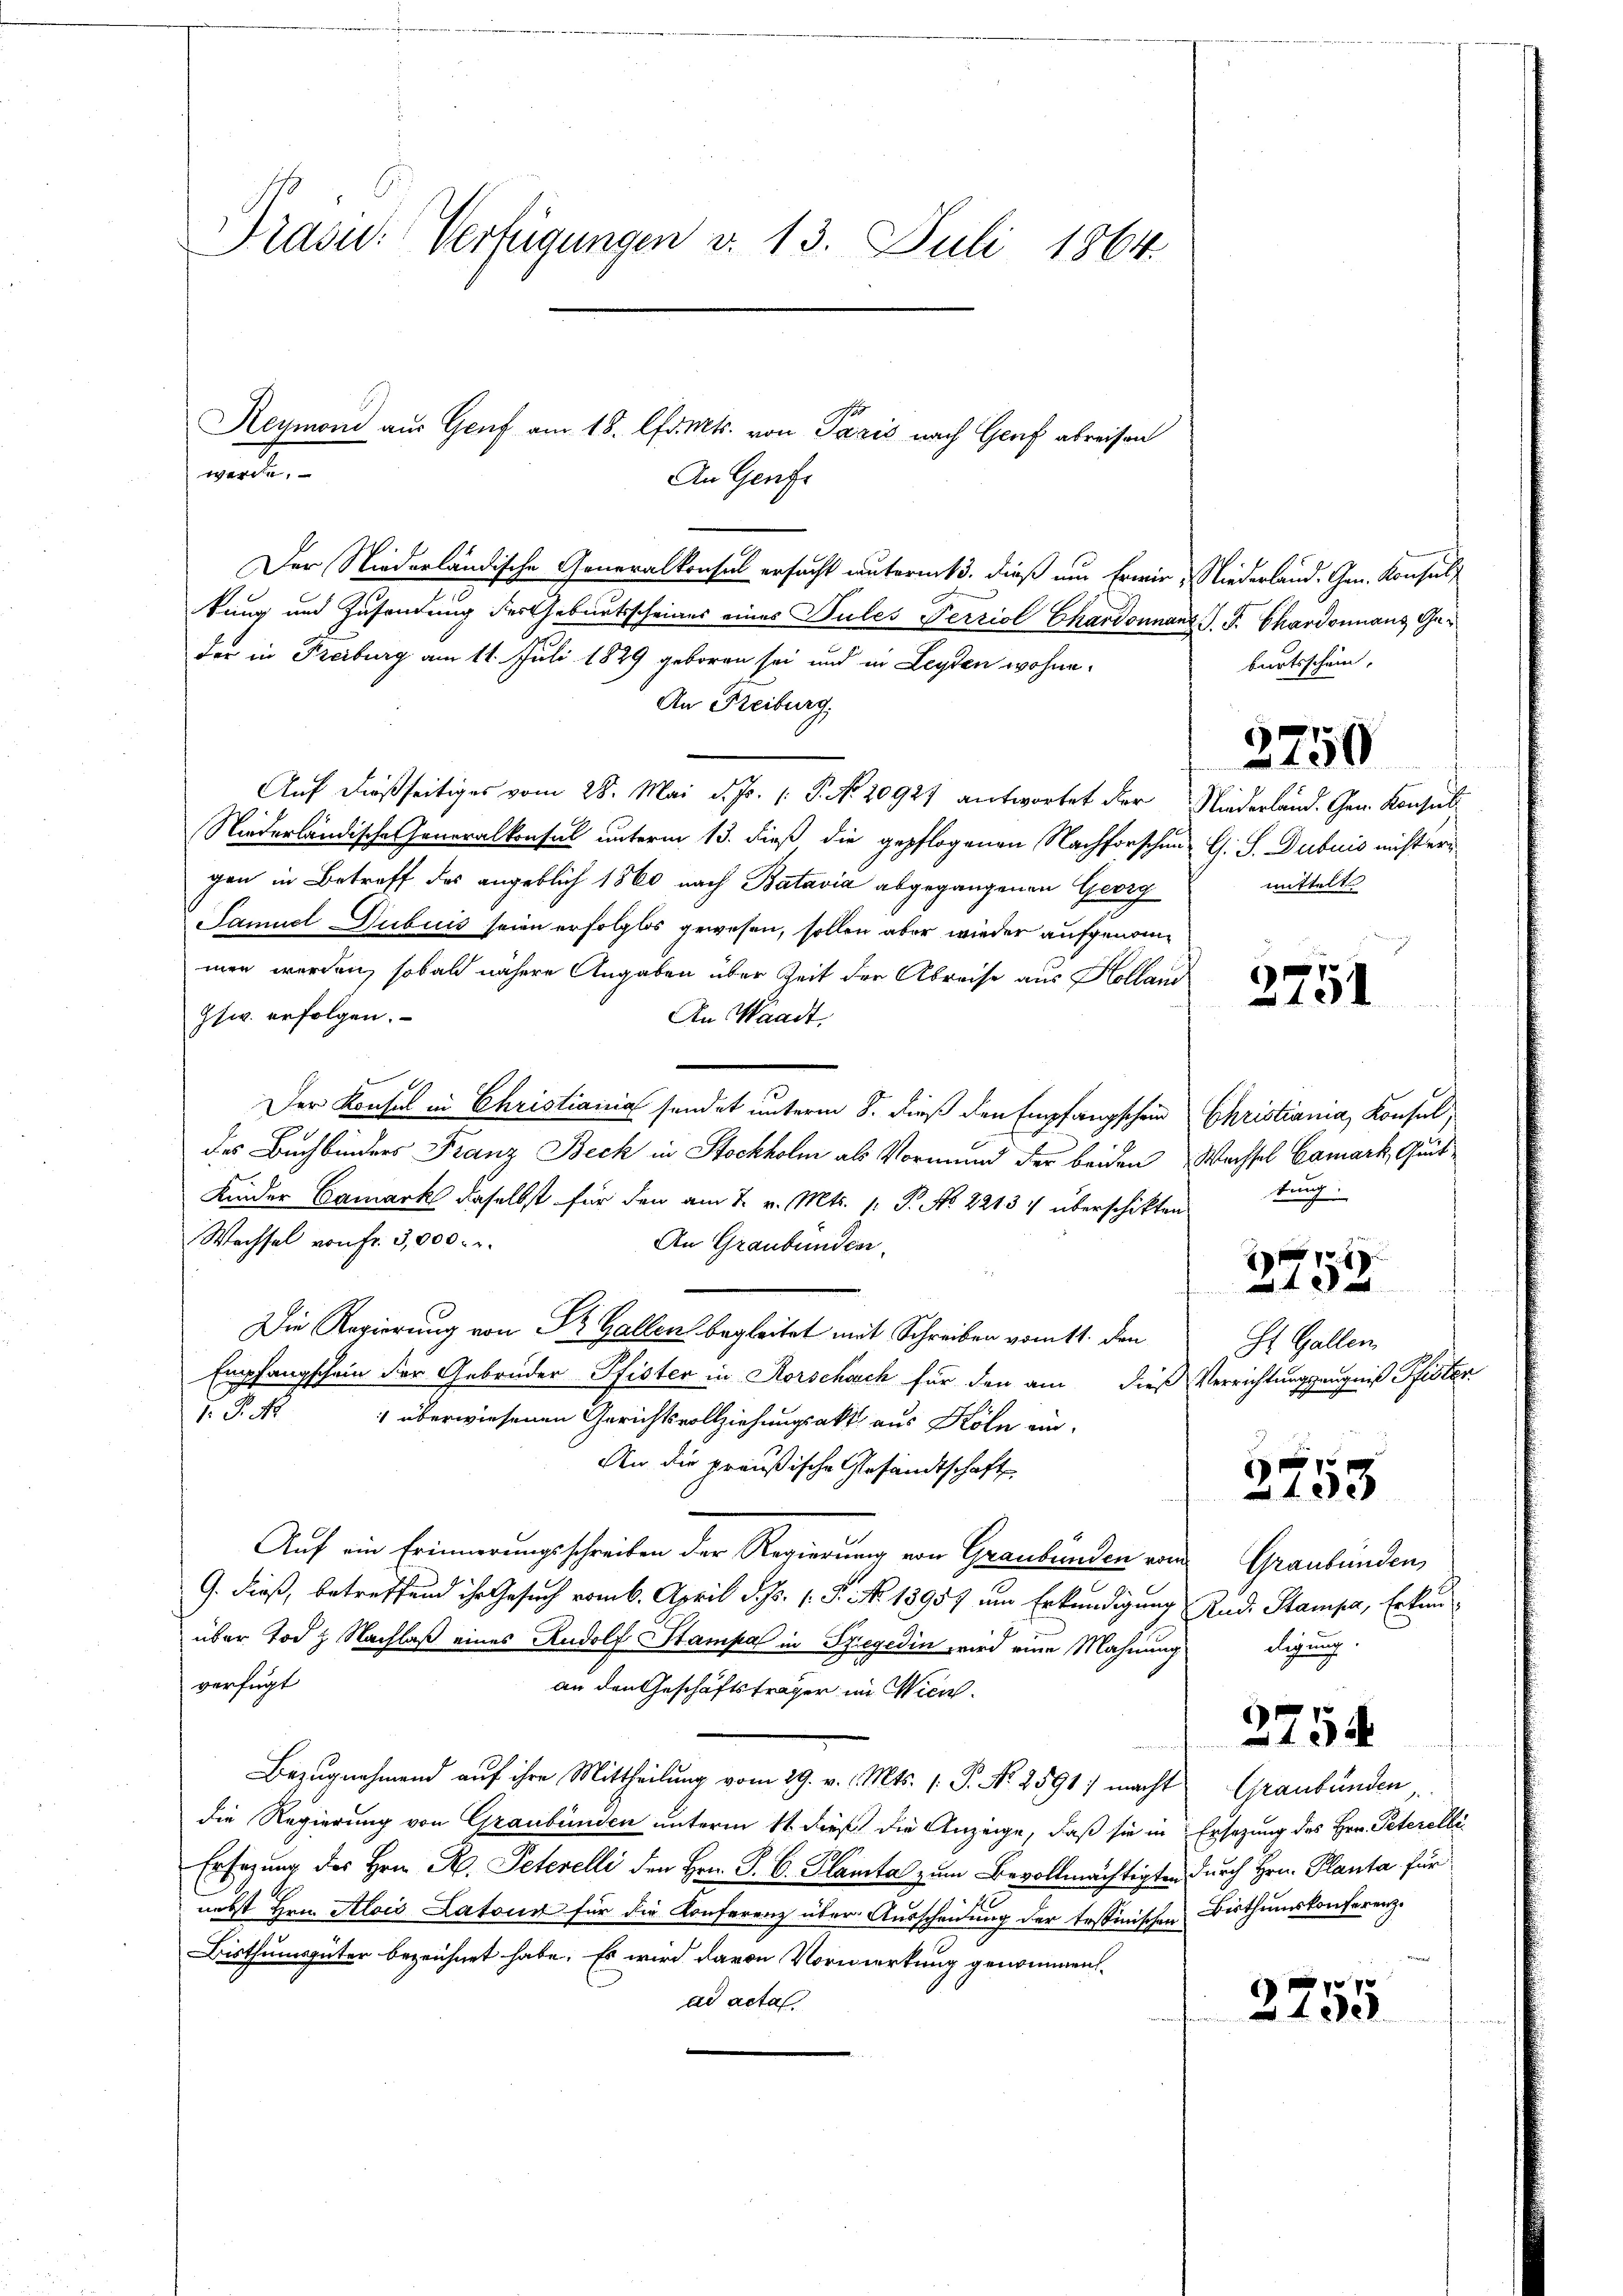
Pras: Verfügungen d. 13. Juli 1864.
Reymond aus Genf am 18. lfd. Mts. von Paris nach Genf abreisen
wenden
An Gener

Der Niederländische Generalkonsul ersucht unterm 3. dieß um Erwir; Niederland. Gen. Konsul
e
tung und Zusendung des Geburtsscheines eines Pules Terriol Chardonnant J. J. Chardonnans Geder in Freiburg am 11. Juli 1829 geboren sei und in Leyden wohne
An Freiburg.
Auf dießseitiges vom 28. Mai d. Js. (: P. Nr. 20927 antwortet der Niederland. Gen. Konsul
Niederländische Generalkonsul unterm 13. dieß die gepflogenen Nachforschen G. S. Dubuis nicht eri
gen in Betreff des angeblich 1860 nach Batavia abgegangenen Georg
Samuel Jubuis seien erfolglos gewesen, sollen aber wieder aufgenommen werden, sobald nähere Angaben über Zeit der Abreise aus Holland
auf
Gsw. erfolgen.
An Waadt,
Der Konsul in Christiania sendet unterm 8. dieß den Empfangschein Christiania, Konsul
E
des Buchbinders Franz Beck in Stockholm als Vormund der beiden Wechsel Camark, Quit
Kinder Camark daselbst für den am 7. v. Mts. 1. P. No. 22134 überschikten tung
Wechsel von Fr. 3,000. r.
An Graubünden.
Die Regierung von Dr. Gallen begleitet mit Schreiben vom 11. den
Empfangschein der Gebrüder Pfister in Rorschach für den am dieß Verrichtungszeugniß Pfister
. P. Nr. 1 überwiesenen Gerichtsvollziehungsakt aus Köln ein-
An die preußische Gesandtschaft
2755
Auf ein Erinnerungsschreiben der Regierung von Graubünden von Graubünden,
c
G. dieß, betreffend ihr Gesuch vom 6. April d. Js. 1. P. No. 18957 um Erkundigung Rud. Stampa, Erkunüber Tod z Nachlaß eines Rudolf Stampal in Szegedin wird eine Mahnung digung
verfügt
an den Geschäftsträger im Wien.
2754
Bezugnahmend auf ihre Mittheilung vom 29. v. d. Mts. 1. P. Nr. 2591 macht Graubünden,
die Regierung von Graubünden unterm 11. dieß die Anzeige, daß sie in Ersezung des Hrn. Peterelli
Ersezung des Hrn. R. Peterelli den Hrn. P. C. Planta zum Bevollmächtigten durch Hrn. Planta für
nebst Hrn. Alois Latons für die Konferenz über Ausscheidung der tessinischen Bisthumskonferenz-
Bisthumsgüter bezeichnet habe. Es wird davon Vormerkung genommen

ad acta.
2100

2750

mittelt

191

xx
1 x
St. Gallen

burtsschein,